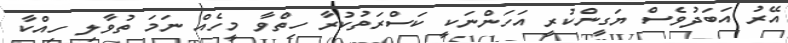
އޭރު އަބަދުވެސް ޔަގީންކުރީ އަހަންނަކީ ކަސްރަތުކުރާ ހިތްވާ މީހެއް ނަމަ ތުވާލި ހިއްކާ